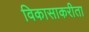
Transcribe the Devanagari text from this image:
विकासाकरीता